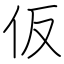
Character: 仮